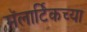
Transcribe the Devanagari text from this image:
मॅलार्टिकच्या